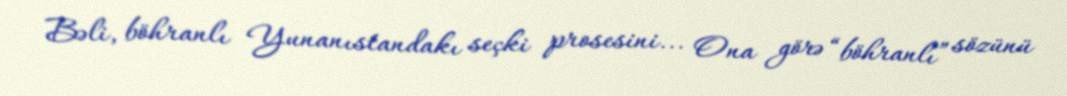
Bəli, böhranlı Yunanıstandakı seçki prosesini... Ona görə “böhranlı” sözünü